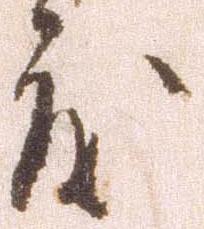
度